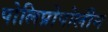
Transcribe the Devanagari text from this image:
पोलिप्रोपोलीन